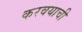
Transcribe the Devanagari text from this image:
करवयाची